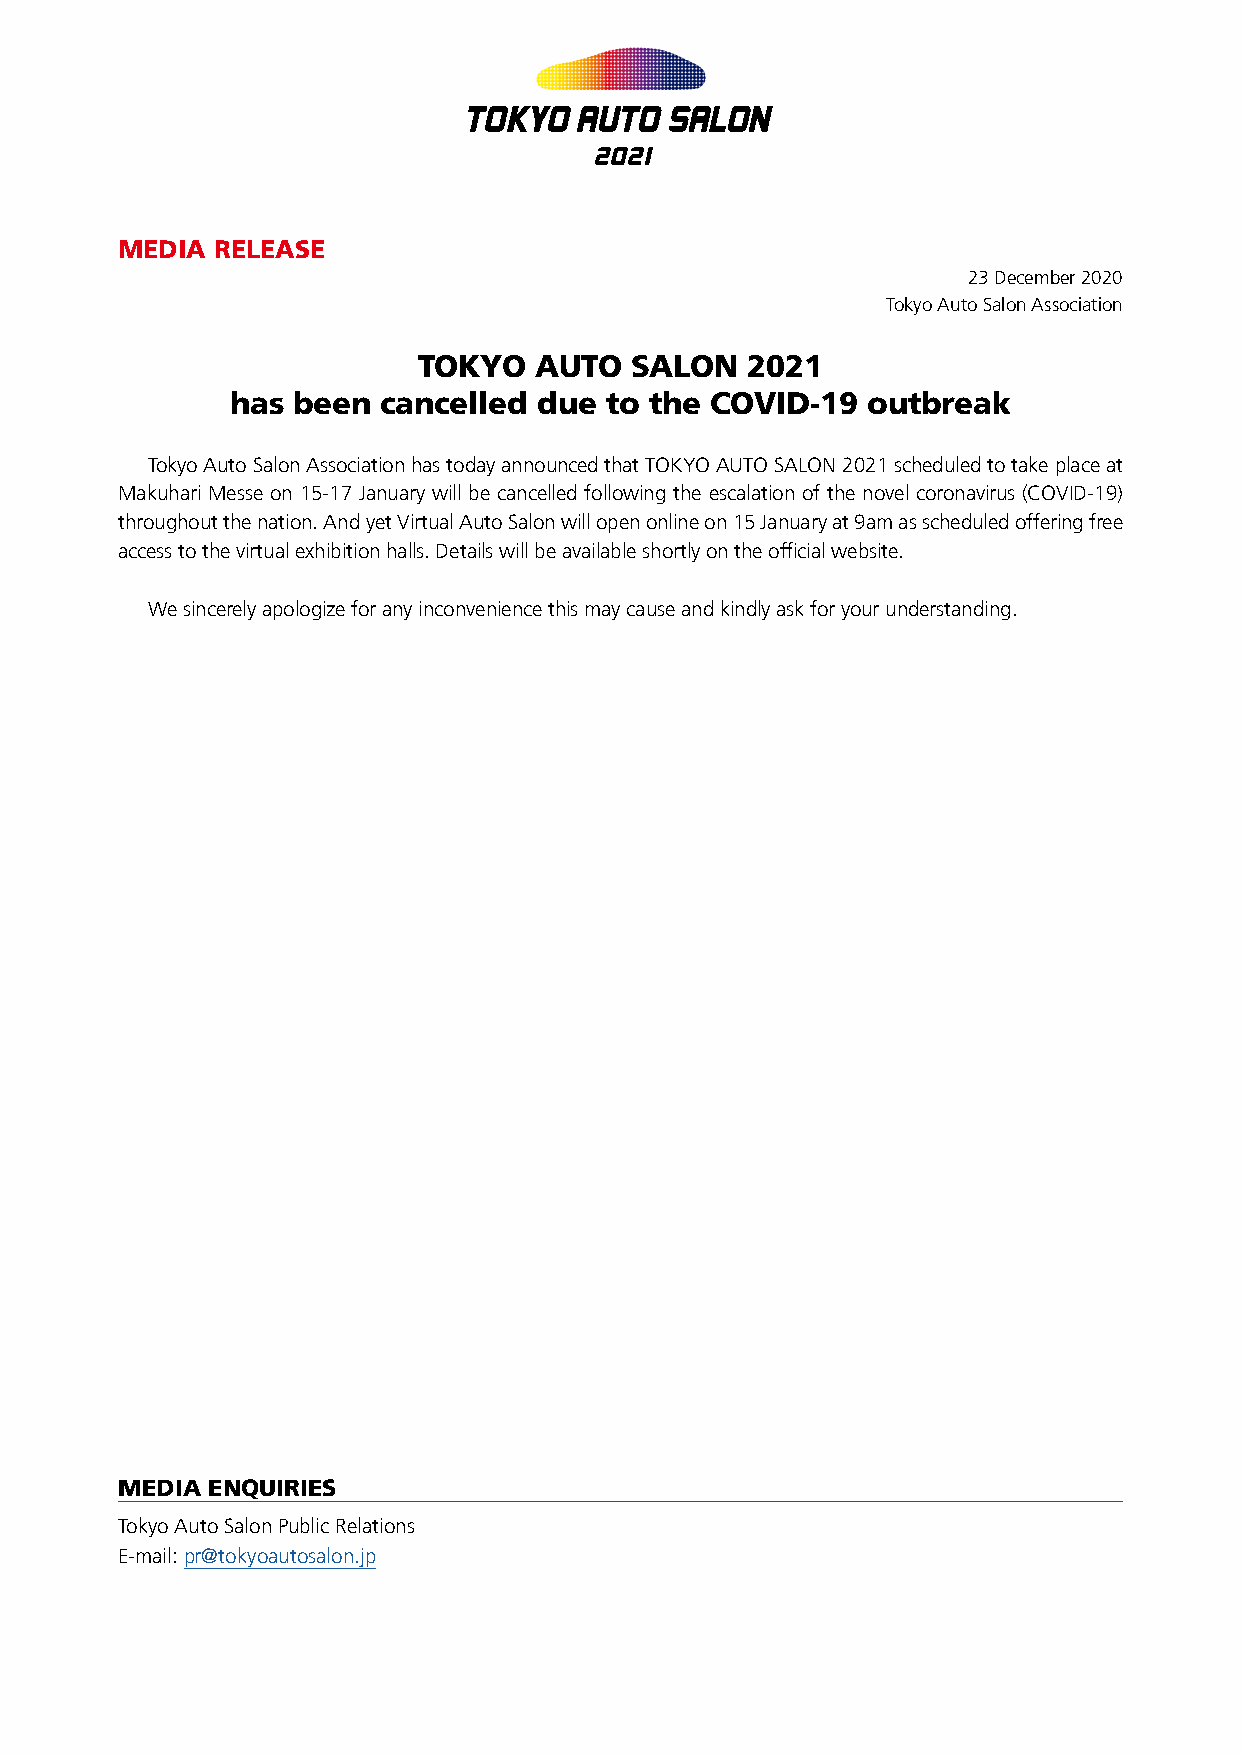
MEDIA RELEASE
 23 December 2020
 Tokyo Auto Salon Association
 TOKYO  AUTO   SALON  2021
 has been  cancelled  due to the COVID-19  outbreak
 Tokyo Auto Salon Association has today announced that TOKYO AUTO SALON 2021 scheduled to take place at
 Makuhari Messe on 15-17 January will be cancelled following the escalation of the novel coronavirus (COVID-19)
 throughout the nation. And yet Virtual Auto Salon will open online on 15 January at 9am as scheduled offering free
 access to the virtual exhibition halls. Details will be available shortly on the official website.
 We sincerely apologize for any inconvenience this may cause and kindly ask for your understanding.
 MEDIA ENQUIRIES
 Tokyo Auto Salon Public Relations
 E-mail: pr@tokyoautosalon.jp